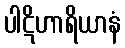
ပါဋိဟာရိယာနံ